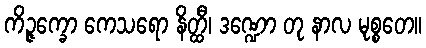
ကိဉ္ဇက္ခော ကေသရော နိတ္ထီ၊ ဒဏ္ဍော တု နာလ မုစ္စတေ။